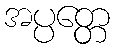
အပ္ပတ္တေ